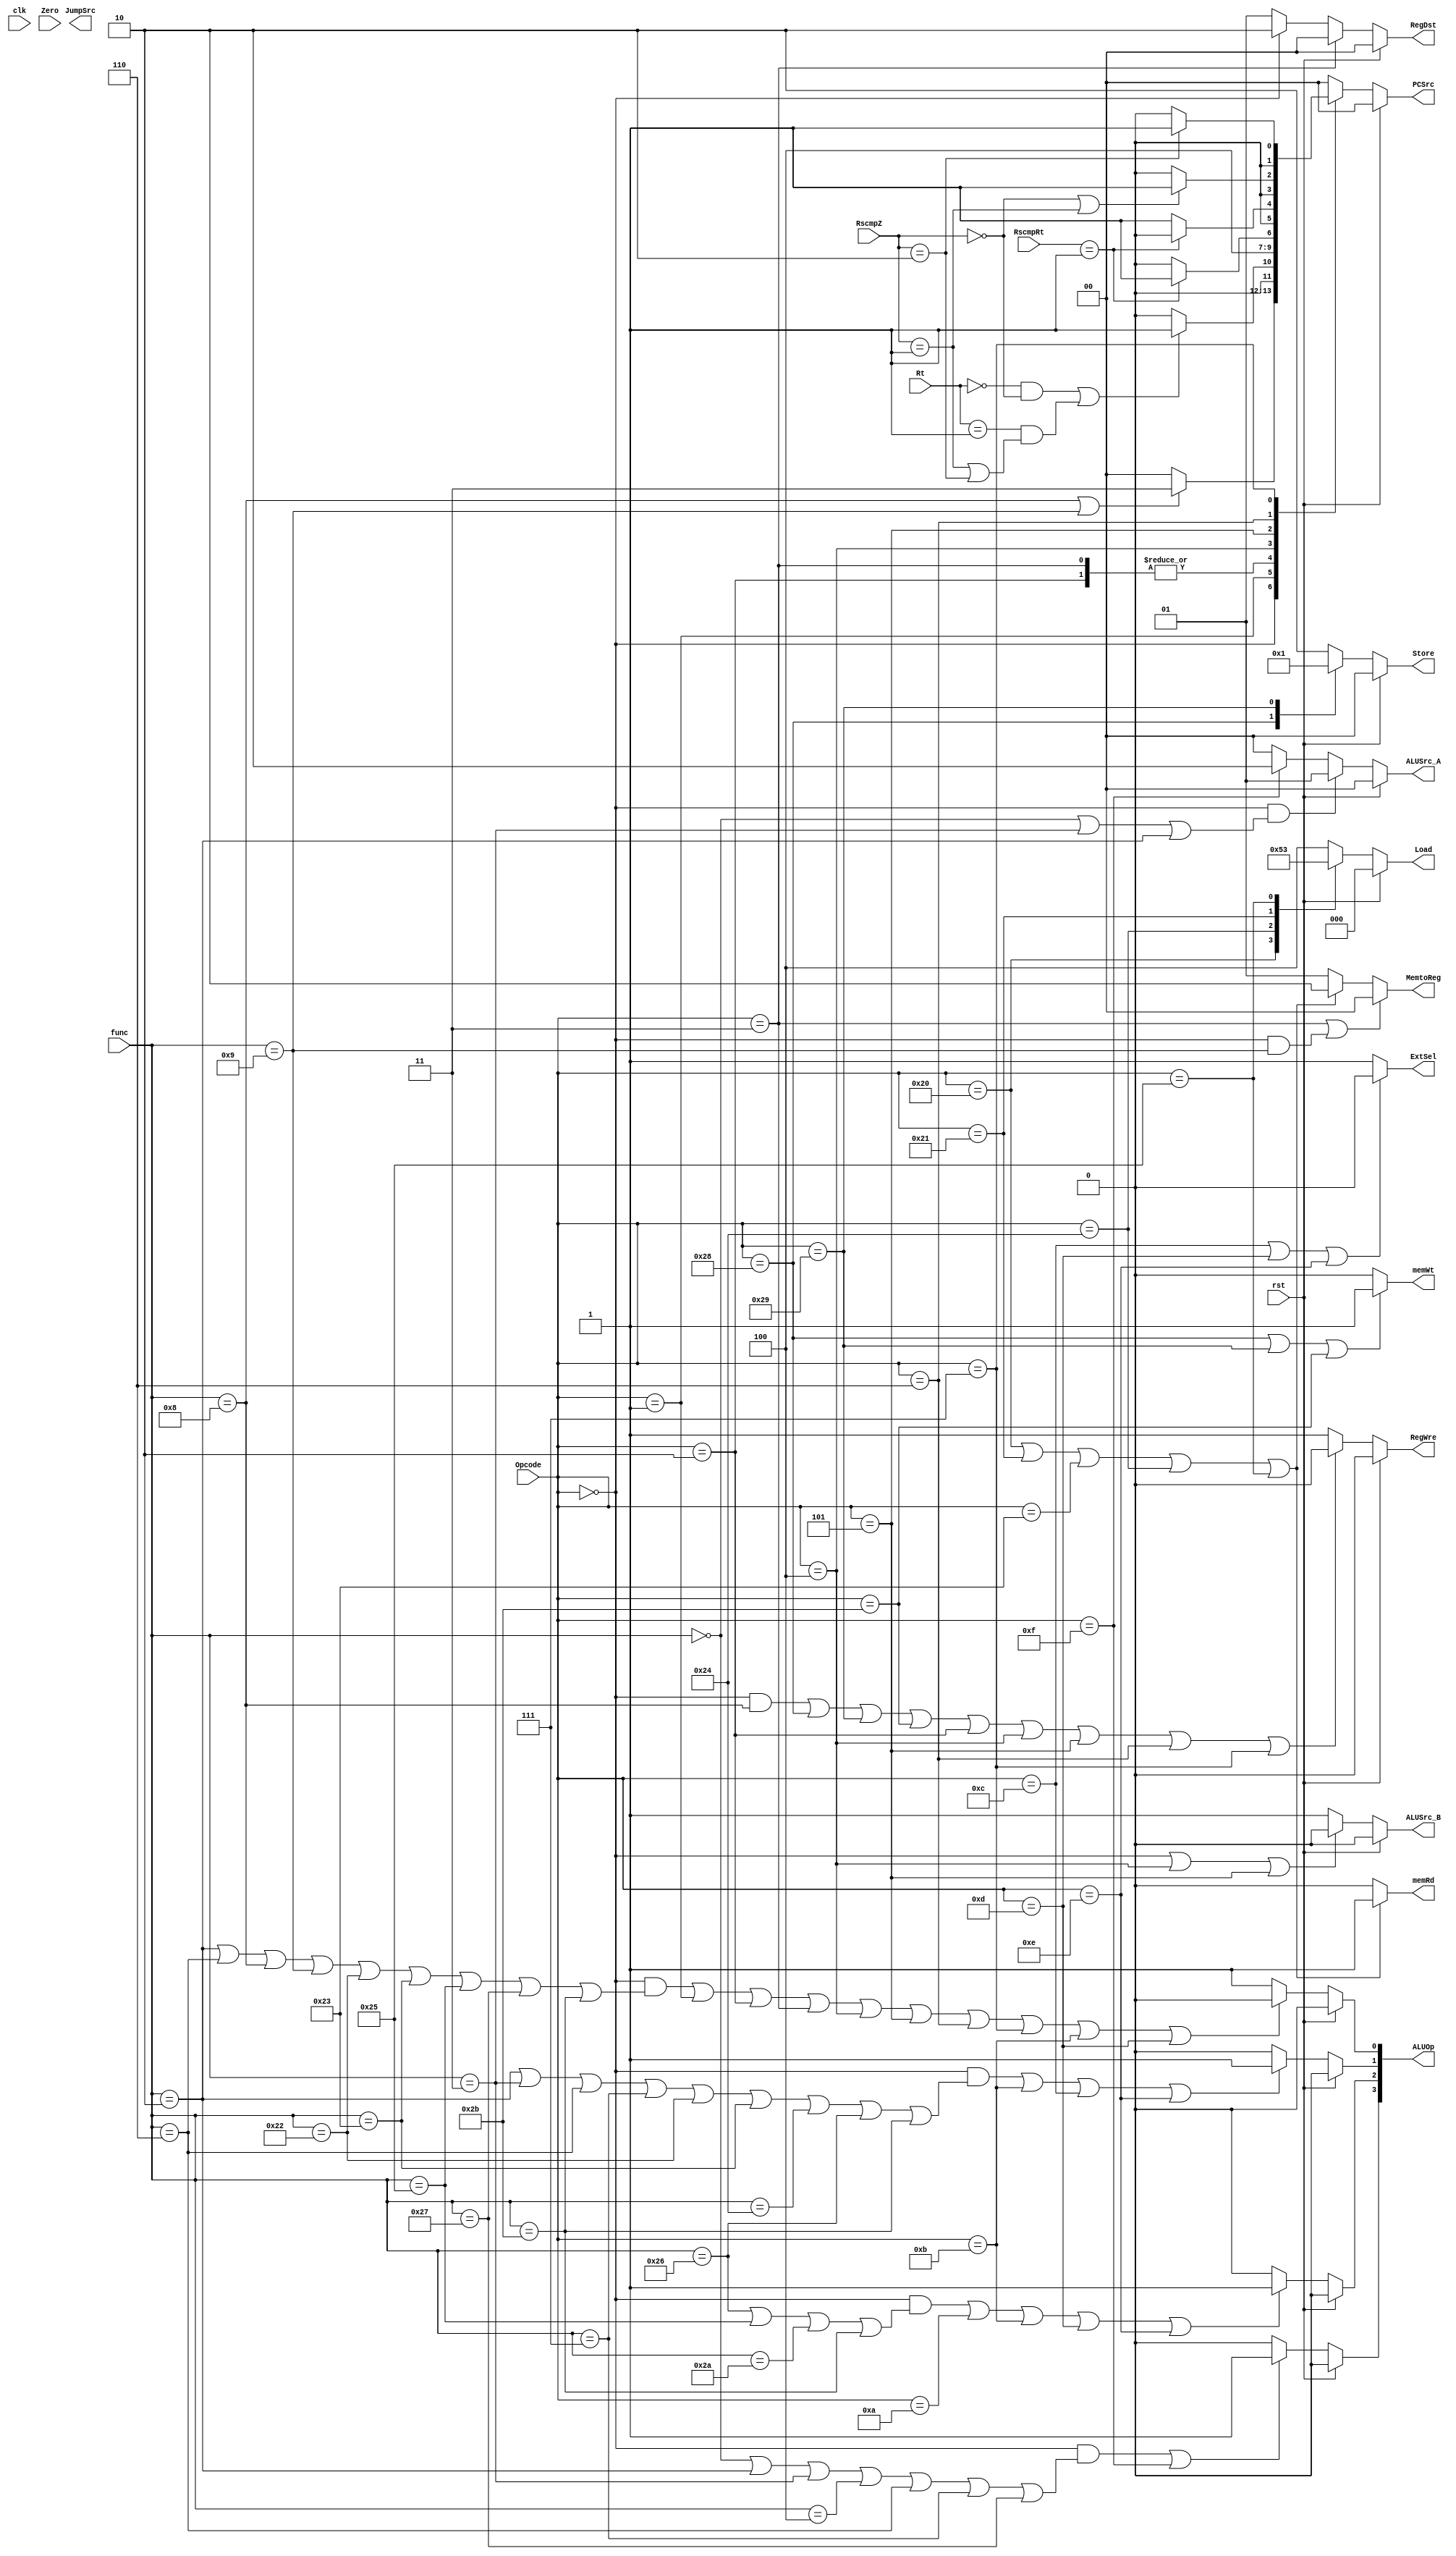
module ControlUnit(
    input clk,
    input rst,
    input[5:0] Opcode,
    input[5:0] func,
    input[4:0] Rt, //Instr[20:16]
    input[1:0] RscmpRt,
    input[1:0] RscmpZ,
    input Zero,
    output reg memRd,
    output reg memWt,
    output reg RegWre,
    output reg ExtSel,
    output reg[1:0] PCSrc,
    output reg[1:0] RegDst,
    output reg[1:0] ALUSrc_A,
    output reg ALUSrc_B,
    output reg[3:0] ALUOp,
    output reg[2:0] Load,
    output reg[1:0] Store,
    output reg[1:0] MemtoReg, //choose from PC+4, MemData, ALUresult
    output reg JumpSrc
);

initial
begin
    {memRd, memWt, RegWre} <= 3'b0;
    ALUOp <= 4'b0;
    PCSrc <= 0;
    RegDst <= 0;
    Load <= 0;
    Store <= 0;
    ALUSrc_A <= 0;
    ALUSrc_B <= 0;
    MemtoReg <= 0;
end

always @(*) begin
    if(rst)
    begin
        {memRd, memWt, RegWre} <= 3'b0;
        ALUOp <= 4'b0;
        PCSrc <= 0;
        RegDst <= 0;
        Load <= 0;
        Store <= 0;
        ALUSrc_A <= 0;
        ALUSrc_B <= 0;
        MemtoReg <= 0;
    end

    else
    begin
    //ALUOp
    ALUOp [0] = ((Opcode == 6'd0 && (func == 6'd2 || func == 6'd6 || func == 6'd8 || func == 6'd9 || func == 6'd34 || func == 6'd35 || func == 6'd37 || func == 6'd39 || func == 6'd43)) || Opcode == 6'h01|| Opcode == 6'h02 || Opcode == 6'h03 || Opcode == 6'h04 || Opcode == 6'h05 || Opcode == 6'h06 || Opcode == 6'h07 ||Opcode == 6'h0B || Opcode == 6'h0D) ? 0 : 1;
    ALUOp [1] = ((Opcode == 6'h0 && (func == 6'd2 || func == 6'd3 || func == 6'd6 || func == 6'd7 || func == 6'd34 || func == 6'd35 || func == 6'd36 || func == 6'd38 || func == 6'd43)) || Opcode == 6'h0B || Opcode == 6'h0C || Opcode == 6'h0E) ? 1 : 0;
    ALUOp [2] = ((Opcode == 6'h0 && (func == 6'd38 || func == 6'd37 || func == 6'd42 || func == 6'd43)) || Opcode == 6'h0A || Opcode == 6'h0B || Opcode == 6'h0D || Opcode == 6'h0E) ? 1 : 0;
    ALUOp [3] = ((Opcode == 6'h0 && (func == 6'd0 || func == 6'd2 || func == 6'd3 || func == 6'd4 || func == 6'd6 || func == 6'd7 || func == 6'd39)) || Opcode == 6'h0F) ? 1:0;
    //PCSrc
    case (Opcode)
        6'h00:begin
            if(func == 6'd8 || func == 6'd9) //jr, jalr
                PCSrc = 2'b11;
            else
                PCSrc = 2'b00;
        end
        6'h01:begin
            if((Rt == 0 &&(RscmpZ == 2'b00)) || (Rt == 1 &&(RscmpZ == 2'b01 || RscmpZ == 2'b10))) //bltz,bgez
                PCSrc =2'b01;
            else
                PCSrc = 2'b00;
        end 
        6'h02, 6'h03:PCSrc = 2'b10; //j, jal
        6'h04: begin                //beq
            if(RscmpRt == 2'b01)
                PCSrc = 2'b01;
            else
                PCSrc = 2'b00;
        end
        6'h05:begin                 //bne
            if(RscmpRt == 2'b01)
                PCSrc = 2'b00;
            else
                PCSrc = 2'b01;
        end
        6'h06: begin                //blez
            if(RscmpZ == 2'b00 || RscmpZ == 2'b01)
                PCSrc = 2'b01;
            else
                PCSrc = 2'b00;
        end
        6'h07: begin                //bgtz
            if(RscmpZ == 2'b10)
                PCSrc = 2'b01;
            else
                PCSrc = 2'b00;
        end
        default: PCSrc = 2'b00;
    endcase

    //RegDst
    if (Opcode == 6'h03) //jal
        RegDst = 2'b00;
    else if(Opcode == 6'h00) //R-type
        RegDst = 2'b10;
    else 
        RegDst = 2'b01;   //I-type
    //RegWrite
    RegWre = ((Opcode == 6'b000000 && func == 6'b001000) || Opcode == 6'b101000 || Opcode == 6'b101001 || Opcode == 6'b101011 || Opcode == 6'b000010|| Opcode == 6'b000100||Opcode == 6'b000101||Opcode == 6'b000110||Opcode == 6'b000111) ? 0 : 1;
    //ALUSrcA
    if((Opcode == 6'h00 && (func == 6'b000000 || func == 6'b000011 || func == 6'b000010)))
        ALUSrc_A = 2'b01;
    else if(Opcode == 6'h0F)
        ALUSrc_A = 2'b10;
    else
        ALUSrc_A = 2'b00;
    //ALUSrcB
    if(Opcode == 6'h00 || Opcode == 6'h04 || Opcode == 6'h05) //R-type, beq, bne
        ALUSrc_B = 0;
    else
        ALUSrc_B = 1; //offset
    
    //Load
    case (Opcode)
        6'h20: Load = 3'b000;
        6'h24: Load = 3'b001;
        6'h21: Load = 3'b010;
        6'h25: Load = 3'b011;
        6'h23: Load = 3'b100;
        default: Load = 3'b100;
    endcase

    //Store
    case (Opcode)
        6'h28: Store = 2'b00; 
        6'h29: Store = 2'b01;
        6'h2B: Store = 2'b10;
        default: Store = 2'b10;
    endcase

    end

    //Extsel
    if(Opcode == 6'b001100 || Opcode == 6'b001101 || Opcode == 6'b001110)//ANDI, XORI, ORI
        ExtSel = 0;
    else
        ExtSel = 1;
    
    //memRd
    if(Opcode == 6'h20 || Opcode == 6'h21 || Opcode == 6'h23 || Opcode == 6'h24 || Opcode == 6'h25)
        memRd = 1;
    else
        memRd = 0;
    
    //memWt
    if(Opcode == 6'h28 || Opcode == 6'h29 || Opcode == 6'h2B)
        memWt = 1;
    else
        memWt = 0;



    //MEMtoREG

    if (Opcode == 6'h03 || (Opcode == 6'h00 && func == 6'd9)) begin
        MemtoReg = 2'b00;
    end
    else if(Opcode == 6'h20 || Opcode == 6'h21 || Opcode == 6'h23 || Opcode == 6'h24 || Opcode == 6'h25)
    begin
        MemtoReg = 2'b10;
    end
    else
        MemtoReg = 2'b01;
end

endmodule // ControlUnit